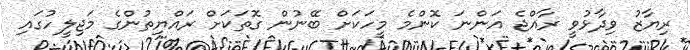
ރިޔާޒު ވިދާޅުވީ ރާއްޖެ އަންނަ ކޮންމެ މީހަކަށް ބޭނުން ގޮތަކަށް ރައްޔިތުންގެ މަޖިލީހުގައި